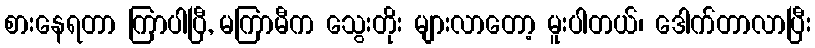
စားနေရတာ ကြာပါပြီ, မကြာမီက သွေးတိုး များလာတော့ မူးပါတယ်၊ ဒေါက်တာလာပြီး